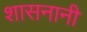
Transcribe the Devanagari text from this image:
शासनानी